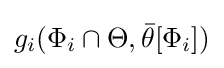
g_{i}(\Phi _{i}\cap \Theta ,{\bar {\theta }}[\Phi _{i}])